Report on vaccination in the Province of Bengal - 1874-1889
Year: 1874
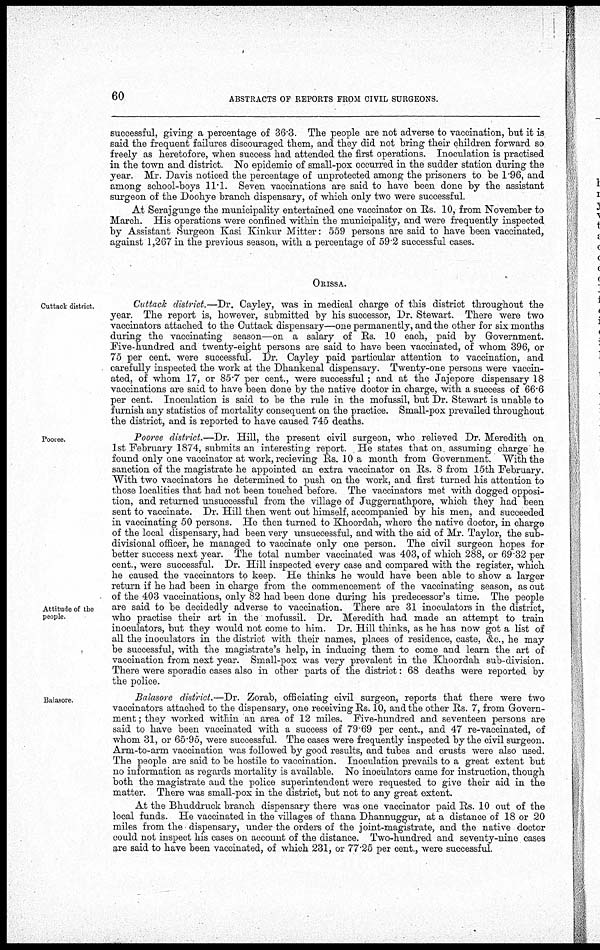
60
ABSTRACTS OF REPORTS FROM CIVIL SURGEONS.
successful, giving a percentage of 36.3. The people are not adverse to vaccination, but it is
said the frequent failures discouraged them, and they did not bring their children forward so
freely as heretofore, when success had attended the first operations. Inoculation is practised
in the town and district. No epidemic of small-pox occurred in the sudder station during the
year. Mr. Davis noticed the percentage of unprotected among the prisoners to be 1.96, and
among school-boys 11.1. Seven vaccinations are said to have been done by the assistant
surgeon of the Doohye branch dispensary, of which only two were successful.
At Serajgunge the municipality entertained one vaccinator on Rs. 10, from November to
March. His operations were confined within the municipality, and were frequently inspected
by Assistant Surgeon Kasi Kinkur Mitter: 559 persons are said to have been vaccinated,
against 1,267 in the previous season, with a percentage of 59.2 successful cases.
ORISSA.
Cuttack district.
Cuttack district.—Dr. Cayley, was in medical charge of this district throughout the
year. The report is, however, submitted by his successor, Dr. Stewart. There were two
vaccinators attached to the Cuttack dispensary—one permanently, and the other for six months
during the vaccinating season—on a salary of Rs. 10 each, paid by Government.
Five-hundred and twenty-eight persons are said to have been vaccinated, of whom 396, or
75 per cent. were successful. Dr. Cayley paid particular attention to vaccination, and
carefully inspected the work at the Dhankenal dispensary. Twenty-one persons were vaccin-
ated, of whom 17, or 85.7 per cent., were successful; and at the Jajepore dispensary 18
vaccinations are said to have been done by the native doctor in charge, with a success of 66.6
per cent. Inoculation is said to be the rule in the mofussil, but Dr. Stewart is unable to
furnish any statistics of mortality consequent on the practice. Small-pox prevailed throughout
the district, and is reported to have caused 745 deaths.
Pooree.
Attitude of the
people.
Pooree district.—Dr. Hill, the present civil surgeon, who relieved Dr. Meredith on
1st February 1874, submits an interesting report. He states that on assuming charge he
found only one vaccinator at work, recieving Rs. 10a month from Government. With the
sanction of the magistrate he appointed an extra vaccinator on Rs. 8 from 15th February.
With two vaccinators he determined to push on the work, and first turned his attention to
those localities that had not been touched before. The vaccinators met with dogged opposi-
tion, and returned unsuccessful from the village of Juggernathpore, which they had been
sent to vaccinate. Dr. Hill then went out himself, accompanied by his men, and succeeded
in vaccinating 50 persons. He then turned to Khoordah, where the native doctor, in charge
of the local dispensary, had been very unsuccessful, and with the aid of Mr. Taylor, the sub-
divisional officer, he managed to vaccinate only one person. The civil surgeon hopes for
better success next year. The total number vaccinated was 403, of which 288, or 69.32 per
cent., were successful. Dr. Hill inspected every case and compared with the register, which
he caused the vaccinators to keep. He thinks he would have been able to show a larger
return if he had been in charge from the commencement of the vaccinating season, as out
of the 403 vaccinations, only 82 had been done during his predecessor's time. The people
are said to be decidedly adverse to vaccination. There are 31 inoculators in the district,
who practise their art in the mofussil. Dr. Meredith had made an attempt to train
inoculators, but they would not come to him. Dr. Hill thinks, as he has now got a list of
all the inoculators in the district with their names, places of residence, caste, &c, he may
be successful, with the magistrate's help, in inducing them to come and learn the art of
vaccination from next year. Small-pox was very prevalent in the Khoordah sub-division.
There were sporadic cases also in other parts of the district: 68 deaths were reported by
the police.
Balasore.
Balasore district.—Dr. Zorab, officiating civil surgeon, reports that there were two
vaccinators attached to the dispensary, one receiving Rs. 10, and the other Rs. 7, from Govern¬
ment; they worked within an area of 12 miles. Five-hundred and seventeen persons are
said to have been vaccinated with a success of 79.69 per cent., and 47 re-vaccinated, of
whom 31, or 65.95, were successful. The cases were frequently inspected by the civil surgeon.
Arm-to-arm vaccination was followed by good results, and tubes and crusts were also used.
The people are said to be hostile to vaccination. Inoculation prevails to a great extent but
no information as regards mortality is available. No inoculators came for instruction, though
both the magistrate and the police superintendent were requested to give their aid in the
matter. There was small-pox in the district, but not to any great extent.
At the Bhuddruck branch dispensary there was one vaccinator paid Rs. 10 out of the
local funds. He vaccinated in the villages of thana Dhannuggur, at a distance of 18 or 20
miles from the dispensary, under the orders of the joint-magistrate, and the native doctor
could not inspect his cases on account of the distance. Two-hundred and seventy-nine cases
are said to have been vaccinated, of which 231, or 77.25 per cent., were successful.